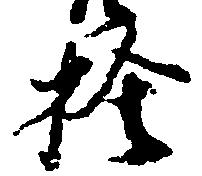
捨